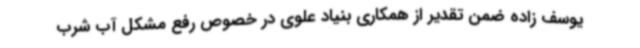
یوسف زاده ضمن تقدیر از همکاری بنیاد علوی در خصوص رفع مشکل آب شرب